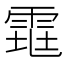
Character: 𱁕